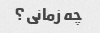
چه زمانی؟